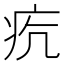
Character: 𤵎